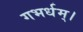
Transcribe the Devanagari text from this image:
गभर्धम्।